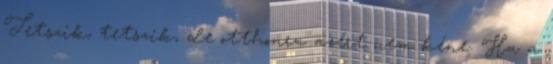
Tetszik, tetszik, de otthonra azért nem kéne. Ha a